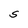
Character: S